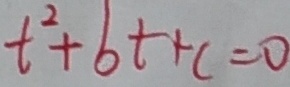
t ^ { 2 } + b t + c = 0